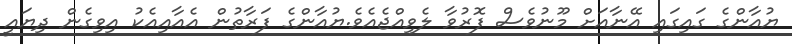
ޔުއާންގެ ގައިގައި އޭނާއަށް މޫނުވެސް ފޮރުވާ ލެވިއްޖެއެވެ.ޔުއާންގެ ފަރާތުން އެއާއިއެކު އިވިގެން ދިޔައީ